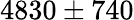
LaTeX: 4830\pm 740